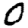
Digit: 0